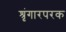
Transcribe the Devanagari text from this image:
श्रृंगारपरक